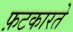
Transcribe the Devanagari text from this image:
फ़टकारते